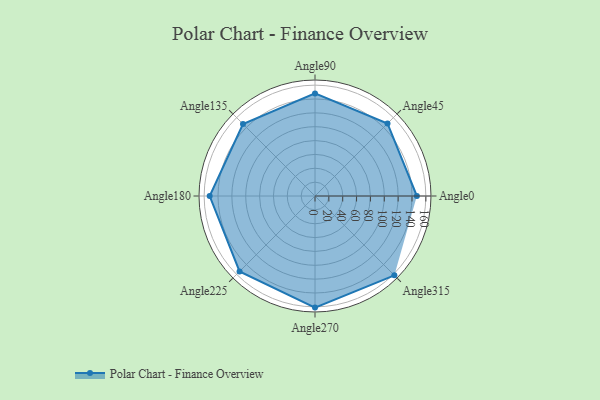
{"axis": {"x": "Angle", "y": "Radius"}, "legend": [""], "data": [{"x": "Angle0", "y": 147.0, "type": ""}, {"x": "Angle45", "y": 148.0, "type": ""}, {"x": "Angle90", "y": 148.0, "type": ""}, {"x": "Angle135", "y": 147.0, "type": ""}, {"x": "Angle180", "y": 152.0, "type": ""}, {"x": "Angle225", "y": 154.0, "type": ""}, {"x": "Angle270", "y": 161.0, "type": ""}, {"x": "Angle315", "y": 162.0, "type": ""}]}